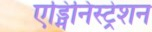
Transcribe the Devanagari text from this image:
एड्मिनिस्ट्रेशन